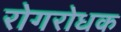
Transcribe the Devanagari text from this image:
रोगरोधक